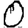
Digit: 0